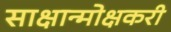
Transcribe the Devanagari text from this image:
साक्षान्मोक्षकरी